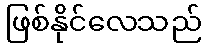
ဖြစ်နိုင်လေသည်